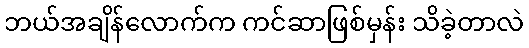
ဘယ်အချိန်လောက်က ကင်ဆာဖြစ်မှန်း သိခဲ့တာလဲ